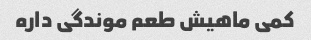
کمی ماهیش طعم موندگی داره